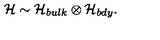
{ \cal H } \sim { \cal H } _ { b u l k } \otimes { \cal H } _ { b d y } .